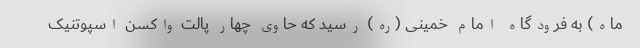
ماه) به فرودگاه امام خمینی (ره) رسید که حاوی چهار پالت واکسن اسپوتنیک